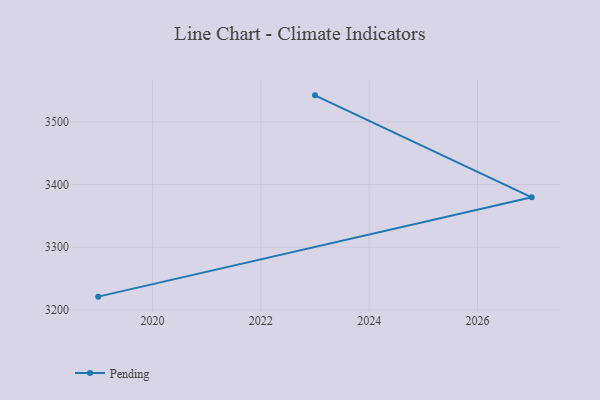
{"axis": {"x": "Year", "y": "Headcount"}, "legend": ["Pending"], "data": [{"x": "2023", "y": 3542.4, "type": "Pending"}, {"x": "2027", "y": 3379.7, "type": "Pending"}, {"x": "2019", "y": 3221.1, "type": "Pending"}]}